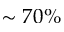
\sim 7 0 \%